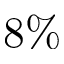
8 \%